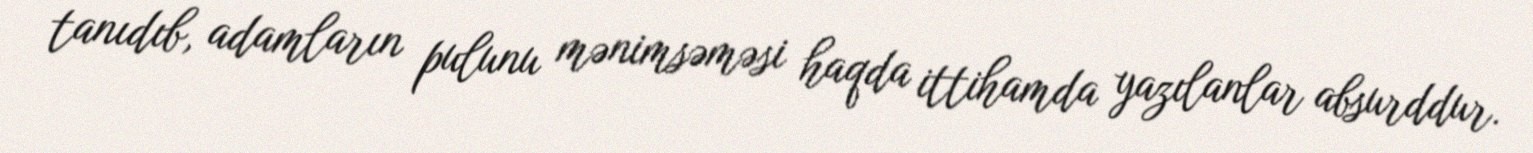
tanıdıb, adamların pulunu mənimsəməsi haqda ittihamda yazılanlar absurddur.